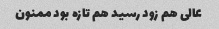
عالی هم زود رسید هم تازه بود ممنون